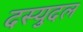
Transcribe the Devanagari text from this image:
दस्युदल